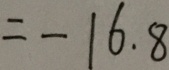
= - 1 6 . 8